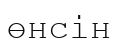
өнсін